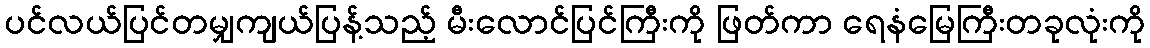
ပင်လယ်ပြင်တမျှကျယ်ပြန့်သည့် မီးလောင်ပြင်ကြီးကို ဖြတ်ကာ ရေနံမြေကြီးတခုလုံးကို